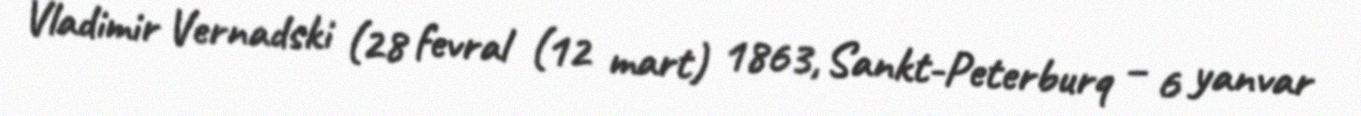
Vladimir Vernadski (28 fevral (12 mart) 1863, Sankt-Peterburq – 6 yanvar